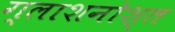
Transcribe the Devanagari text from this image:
ग्लाशनोश्त